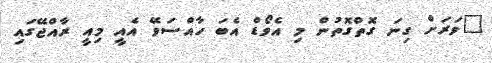
"ވަރަށް ގިނަ ގޮތްގޮތުން މި އެވޯޑް އެބަ ހާއްސަވޭ އެއީ މިއީ ރާއްޖޭގައި